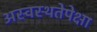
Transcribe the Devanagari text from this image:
अस्वस्थतेपेक्षा